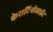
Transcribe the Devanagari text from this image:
केराटिनोसाईट